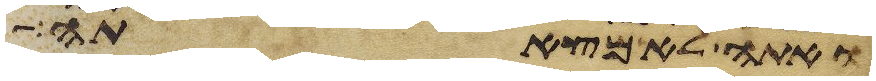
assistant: ואתה לא מצאתה